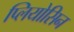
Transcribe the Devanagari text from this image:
प्लियोसिन